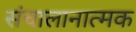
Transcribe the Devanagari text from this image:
संचालानात्मक